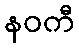
နဝကီ